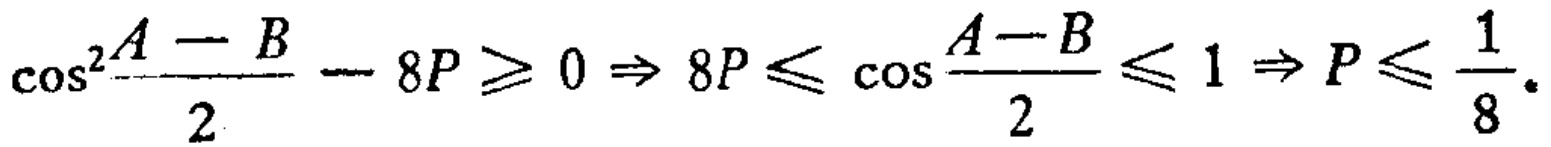
\(\cos^{2}\frac{A - B}{2}- 8P\geqslant 0\Rightarrow 8P\leqslant \cos\frac{A - B}{2}\leqslant 1\Rightarrow P\leqslant \frac{1}{8}\)